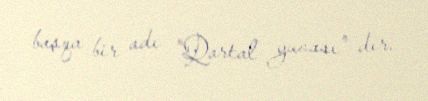
başqa bir adı "Qartal yuvası" dır.